Annual report on the working of the lock hospitals in the Central Provinces
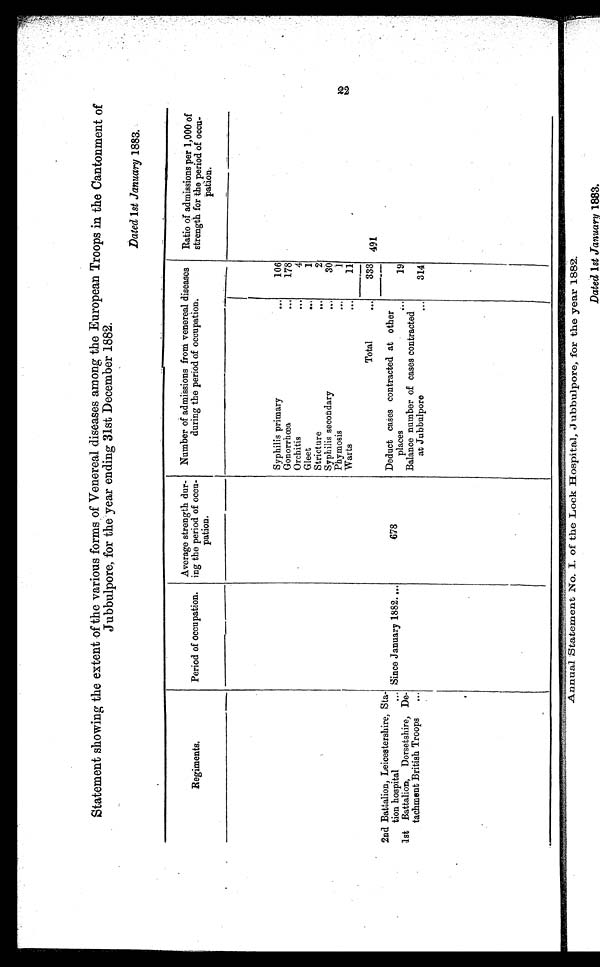
Statement showing the extent of the various forms of Venereal diseases among the European Troops in the Cantonment of
Jubbulpore, for the year ending 31st December 1882.
Dated 1st January 1883.
Regiments.
Period of occupation.
Average strength dur-
ing the period of occu-
pation.
Number of admissions from venereal diseases
during the period of occupation.
Ratio of admissions per 1,000 of
strength for the period of occu-
pation.
Syphilis primary
...
106
2 2
Gonorrhœa
...
178
Orchitis
...
4
Gleet
...
1
Stricture
...
2
Syphilis secondary
...
30
Phymosis
...
1
Warts
...
11
Total
. . .
333 491
2nd Battalion, Leicestershire , Sta-
tion hospital
... Since January 1882....
678
Deduct cases contracted at other
places
...
19
1st Battalion, Dorsetshire, De-
tachment British Troops
...
Balance number of cases contracted
at Jubbulpore
. . .
314